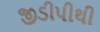
જીડીપીથી